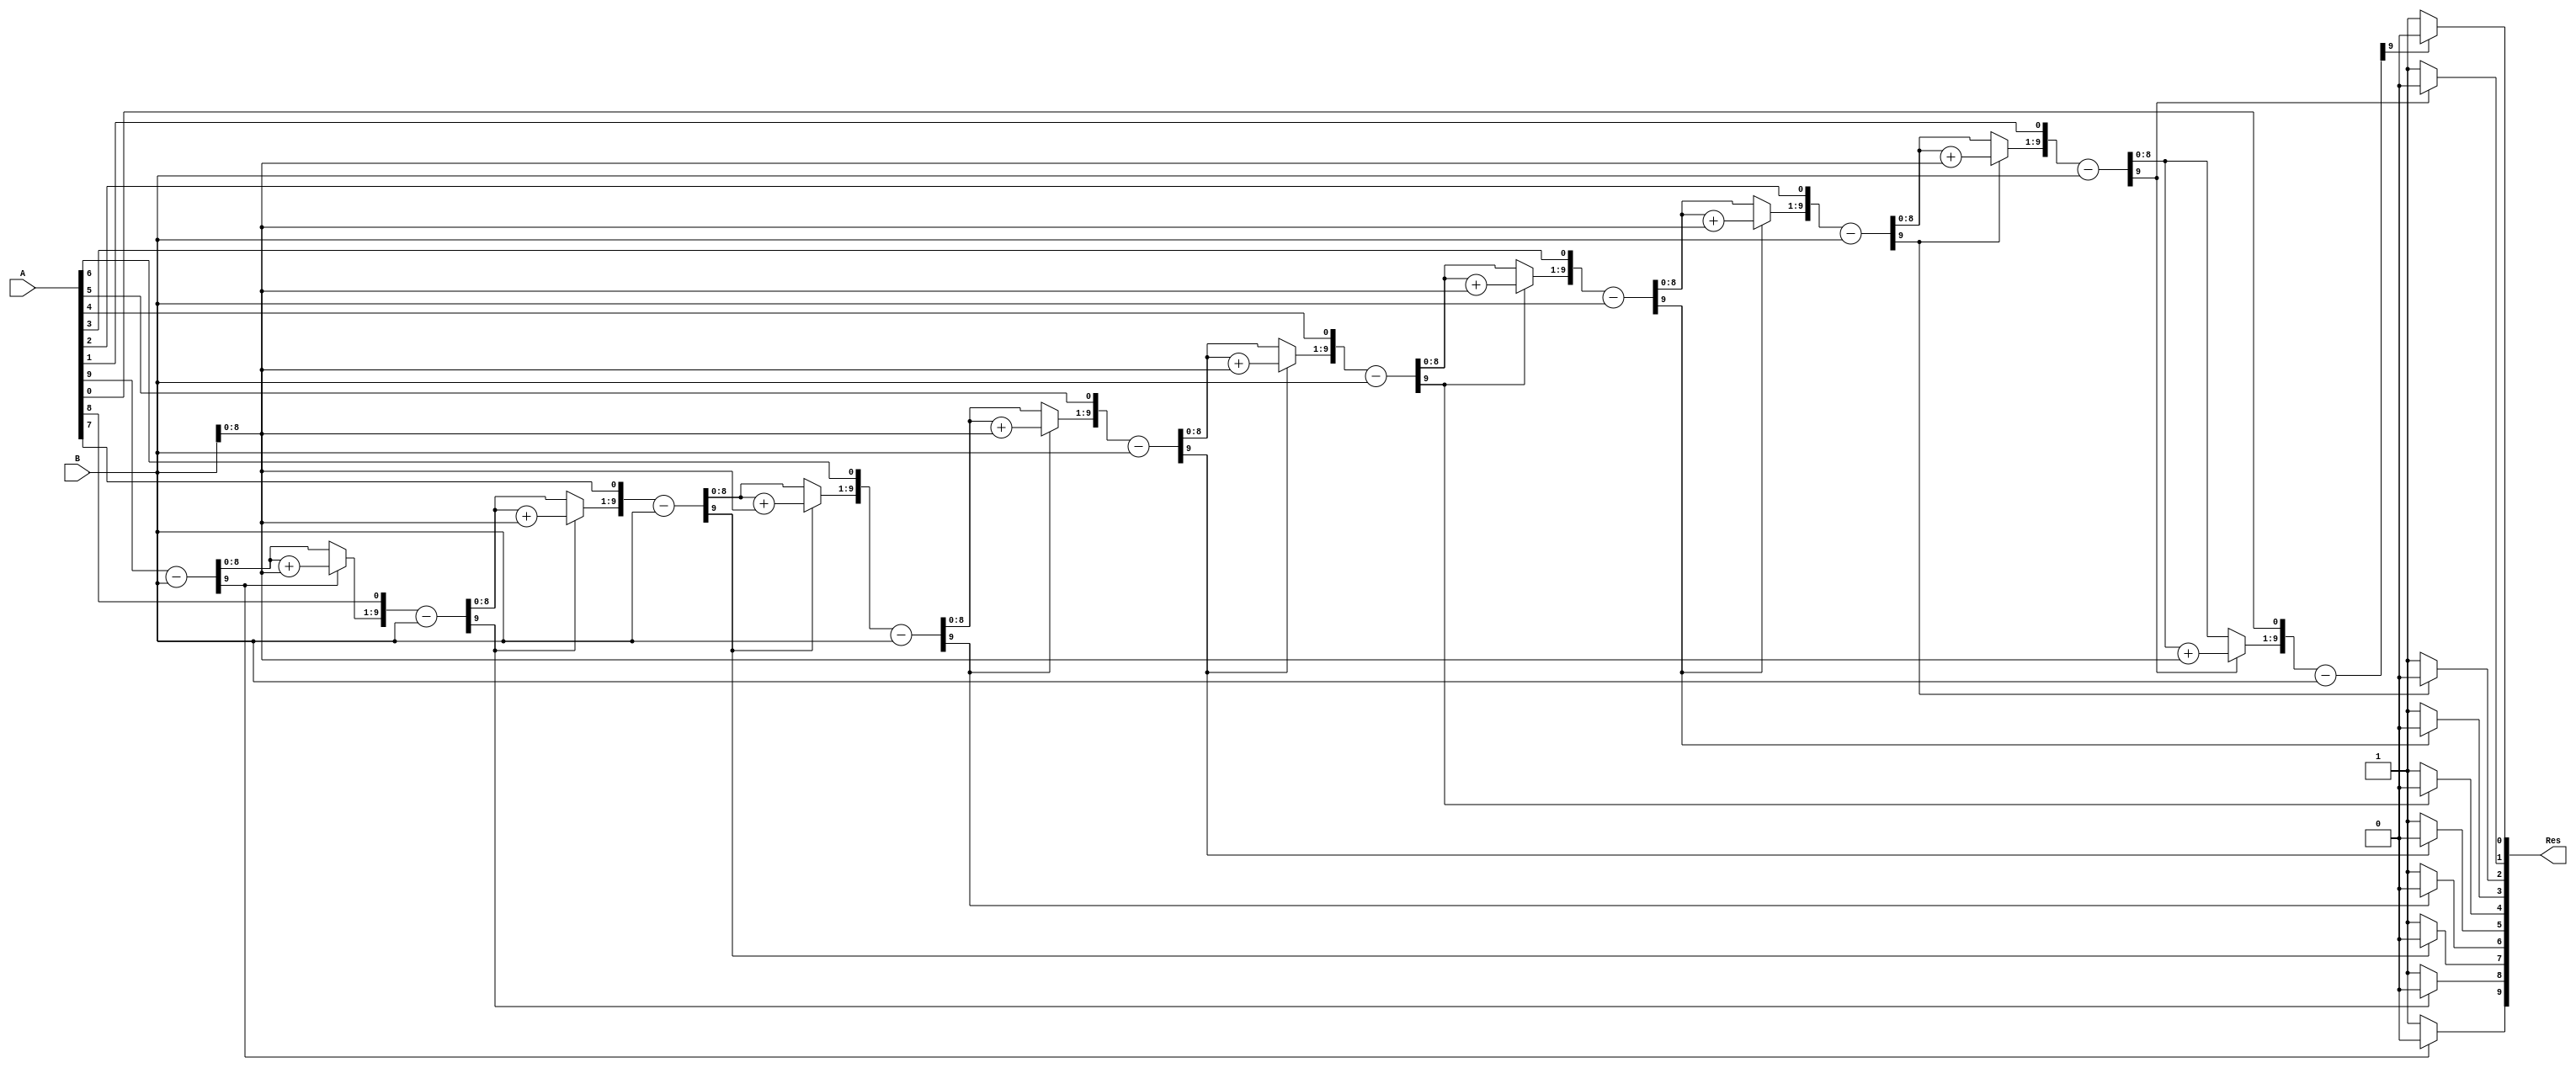
// REFERENCE: http://verilogcodes.blogspot.com/2015/11/synthesisable-verilog-code-for-division.html
// USED IN DIVISION COMPUTATION FOR CALCULATOR
module division(A,B,Res);

//the size of input and output ports of the division module is generic.
    parameter WIDTH = 10;
//input and output ports.
    input [WIDTH-1:0] A;
    input [WIDTH-1:0] B;
    output [WIDTH-1:0] Res;
//internal variables
    reg [WIDTH-1:0] Res = 0;
    reg [WIDTH-1:0] a1,b1;
    reg [WIDTH:0] p1;
    integer i;

    always@ (A or B)
      begin
//initialize the variables.
      a1 = A;
      b1 = B;
      p1= 0;
    for(i=0;i < WIDTH;i=i+1) begin //start the for loop
      p1 = {p1[WIDTH-2:0],a1[WIDTH-1]};
      a1[WIDTH-1:1] = a1[WIDTH-2:0];
      p1 = p1-b1;
      if(p1[WIDTH-1] == 1) begin
      a1[0] = 0;
      p1 = p1 + b1; end
      else
      a1[0] = 1;
      end
      Res = a1;
      end

endmodule